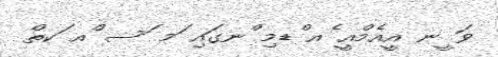
ވަ ީނ އީއެމްއީ ެއ ްޑމި ްނގައި ަމ ަސ ްއ ަކތް